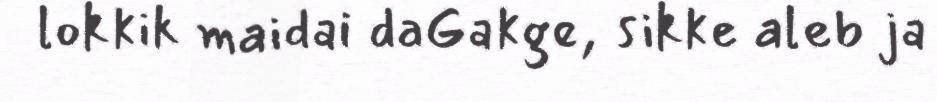
lokkik maidai daGakge, sikke aleb ja